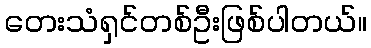
တေးသံရှင်တစ်ဦးဖြစ်ပါတယ်။